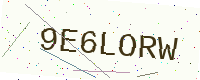
Text: 9E6LORW